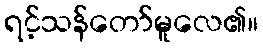
ရင့်သန်တော်မူလေ၏။